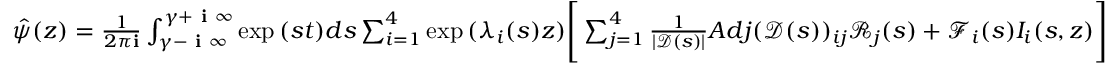
\begin{array} { r } { \hat { \psi } ( z ) = \frac { 1 } { 2 \pi \mathbf { i } } \int _ { \gamma - \textbf { i } \infty } ^ { \gamma + \textbf { i } \infty } \exp { ( s t ) } d s \sum _ { i = 1 } ^ { 4 } \exp { ( \lambda _ { i } ( s ) z ) } \Bigg [ \sum _ { j = 1 } ^ { 4 } \frac { 1 } { | \mathscr { D } ( s ) | } A d j ( \mathscr { D } ( s ) ) _ { i j } \mathscr { R } _ { j } ( s ) + \mathscr { F } _ { i } ( s ) I _ { i } ( s , z ) \Bigg ] } \end{array}